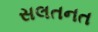
સલતનત